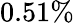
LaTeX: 0.51\%